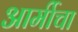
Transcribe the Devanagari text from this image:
आर्मीचा